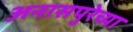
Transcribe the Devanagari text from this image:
अनासपुरेच्या